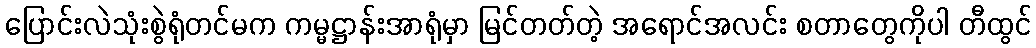
ပြောင်းလဲသုံးစွဲရုံတင်မက ကမ္မဋ္ဌာန်းအာရုံမှာ မြင်တတ်တဲ့ အရောင်အလင်း စတာတွေကိုပါ တီထွင်